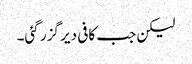
لیکن جب کافی دیر گزر گئی۔